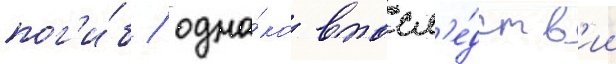
пог'и́б / одна́ко впосл'е́дств'ии